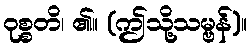
ဝုစ္စတိ၊ ၏။ (ဤသို့သမ္ဗန်)။